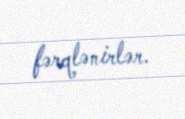
fərqlənirlər.